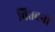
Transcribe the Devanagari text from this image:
चितवनी